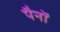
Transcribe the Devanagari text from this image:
पैनों